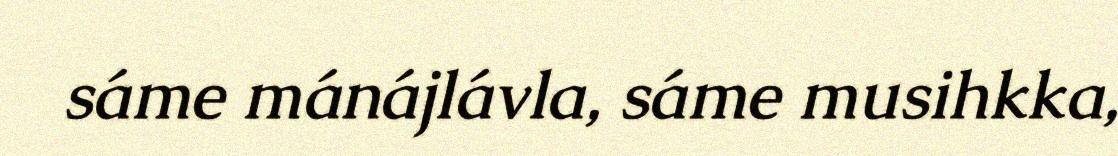
sáme mánájlávla, sáme musihkka,